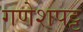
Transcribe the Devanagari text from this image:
गणेशपट्ट